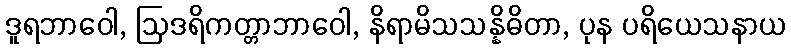
ဒူရဘာဝေါ, ဩဒရိကတ္တာဘာဝေါ, နိရာမိသသန္နိဓိတာ, ပုန ပရိယေသနာယ